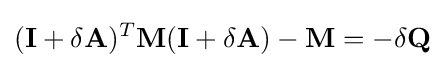
(\mathbf {I} +\delta \mathbf {A} )^{T}\mathbf {M} (\mathbf {I} +\delta \mathbf {A} )-\mathbf {M} =-\delta \mathbf {Q}